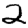
Digit: 2